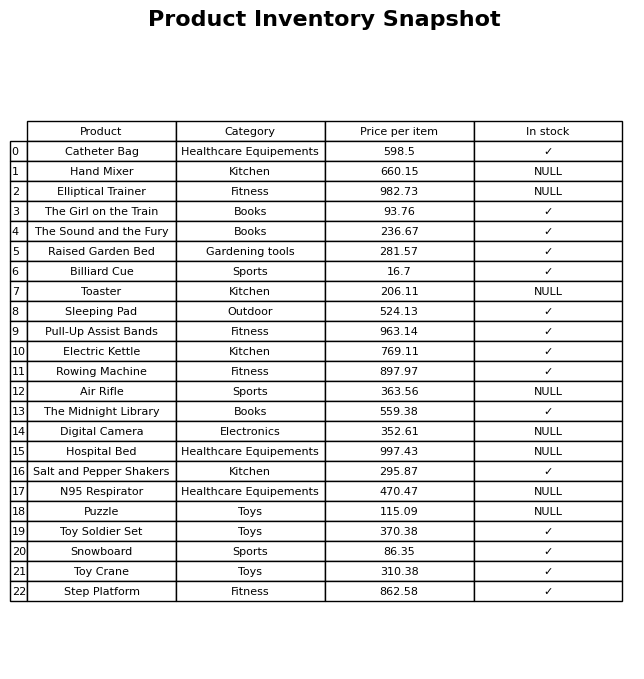
question: Which products are available in stock?
answer: Catheter Bag, The Girl on the Train, The Sound and the Fury, Raised Garden Bed, Billiard Cue, Sleeping Pad, Pull-Up Assist Bands, Electric Kettle, Rowing Machine, The Midnight Library, Salt and Pepper Shakers, Toy Soldier Set, Snowboard, Toy Crane, Step Platform